Cholera in India, 1862 to 1881
Year: 1862
Disease focus: Cholera
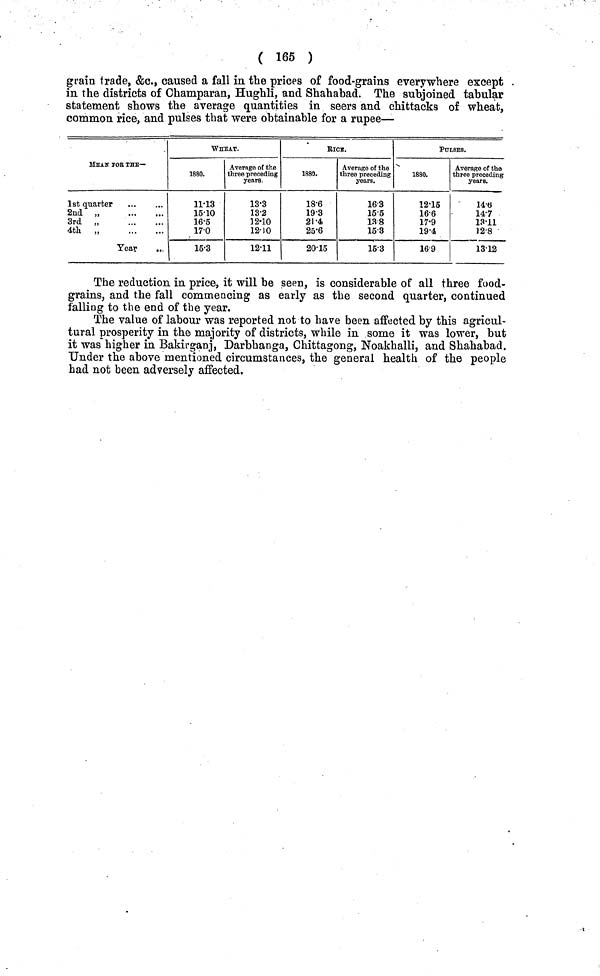
( 165 )
grain trade, &c., caused a fall in the prices of food-grains everywhere except
in the districts of Champaran, Hughli, and Shahabad. The subjoined tabular
statement shows the average quantities in seers and chittacks of wheat,
common rice, and pulses that were obtainable for a rupee—
MEAn FOR the-
1st quarter
2nd „
3rd „
4th „
Year
WHEAT.
1880.
11·13
15·10
16·5
17·0
15·3
Average of the
three preceding
years.
13·3
13·2
12·10
12·10
12·11
RlCE.
1880.
18·6
19·3
21·4
25·6
20·15
Average of the
three preceding
years.
16·3
15·5
138
15·3
15·3
PULSES.
1880.
12·15
16·6
17·9
19·4
16·9
Average of the
three preceding
years.
14·6
14·7
13· 11
12·8
13·12
The reduction in price, it will be seen, is considerable of all three food-
grains, and the fall commencing as early as the second quarter, continued
falling to the end of the year.
The value of labour was reported not to have been affected by this agricul-
tural prosperity in the majority of districts, while in some it was lower, but
it was higher in Bakirganj, Darbhanga, Chittagong, Noakhalli, and Shahabad.
Under the above mentioned circumstances, the general health of the people
had not been adversely affected.